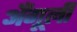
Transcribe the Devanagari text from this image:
अँगूली